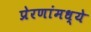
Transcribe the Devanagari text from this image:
प्रेरणांमध्ये